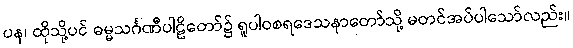
ပန၊ ထိုသို့ပင် ဓမ္မသင်္ဂဏီပါဠိတော်၌ ရူပါဝစရဒေသနာတော်သို့ မတင်အပ်ပါသော်လည်း။